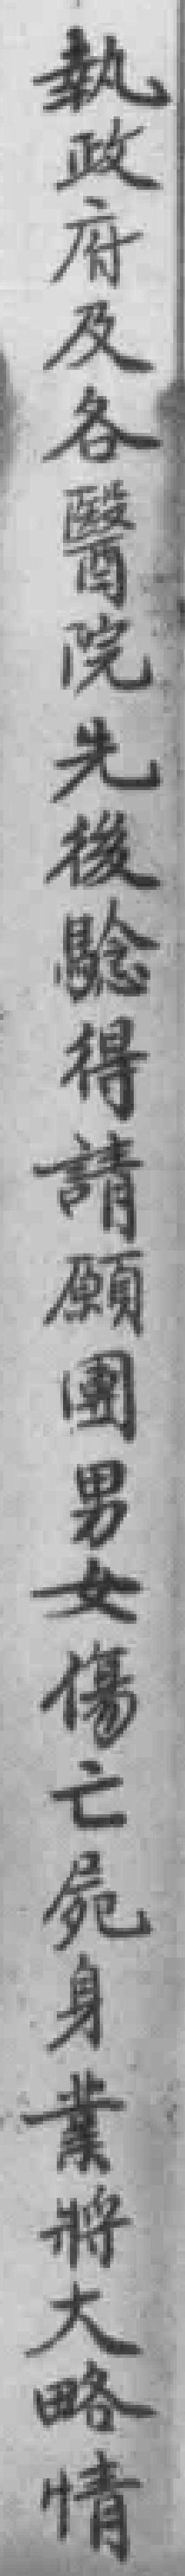
執政府及各醫院先後驗得請願團男女傷亡屍身業將大略情